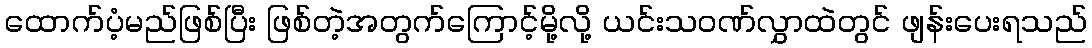
ထောက်ပံ့မည်ဖြစ်ပြီး ဖြစ်တဲ့အတွက်ကြောင့်မို့လို့ ယင်းသဝဏ်လွှာထဲတွင် ဖျန်းပေးရသည်